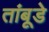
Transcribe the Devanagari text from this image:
तांबूडे